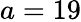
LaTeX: a=19